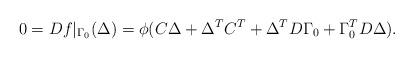
LaTeX: \begin{align*} 0 = Df|_{\Gamma_0}(\Delta) = \phi(C \Delta+ \Delta^T C^T + \Delta^T D \Gamma_0 + \Gamma_0^T D\Delta).\end{align*}